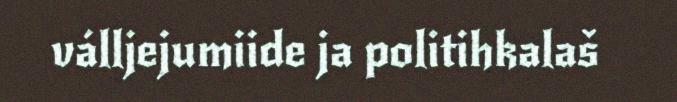
válljejumiide ja politihkalaš